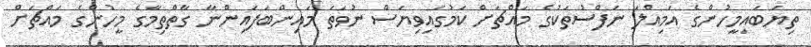
ތިޔަބައިމީހުންގެ އަމިއްލަ ނަފްސުތަކުގެ މައްޗަށް ކަމުގައިވިޔަސް ނުވަތަ މައިންބަފައިންނާ ގާތްތިމާގެ މީހުންގެ މައްޗަށް